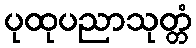
ပုထုပညာသုတ္တံ